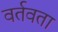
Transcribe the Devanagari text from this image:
वर्तवता